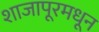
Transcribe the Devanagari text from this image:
शाजापूरमधून